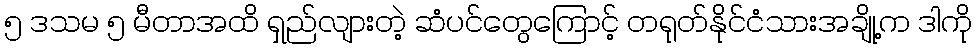
၅ ဒသမ ၅ မီတာအထိ ရှည်လျားတဲ့ ဆံပင်တွေကြောင့် တရုတ်နိုင်ငံသားအချို့က ဒါကို